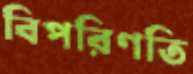
বিপরিণতি